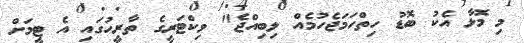
މި މޮޅާ އެކު ބޮޑު ހިތްހަމަޖެހުމެއް ލިބިއްޖެ" ވިކްޓަރީގެ ތާރީހުގައި އެ ޓީމަށް